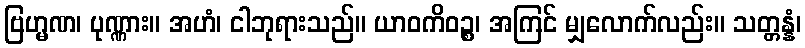
ဗြဟ္မဏ၊ ပုဏ္ဏား။ အဟံ၊ ငါဘုရားသည်။ ယာဝကိဝဉ္စ၊ အကြင် မျှလောက်လည်း။ သတ္တန္နံ၊